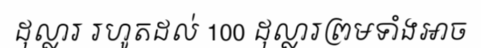
ដុល្លារ រហូតដល់ 100 ដុល្លារព្រមទាំងអាច